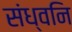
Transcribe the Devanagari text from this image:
संध्वनि